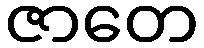
ဇာတေ